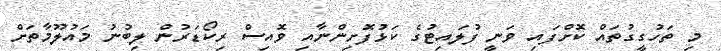
މި ތަހުގީގުތައް ކޮށްފައި ވަނީ ފުލައިޓުގެ ކަޅުފޮށިންނާއި ވޮއިސް ރިކޯޑަރުން ލިބުނު މައުލޫމާތަށް